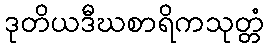
ဒုတိယဒီဃစာရိကသုတ္တံ